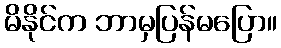
မိနိုင်က ဘာမှပြန်မပြော။